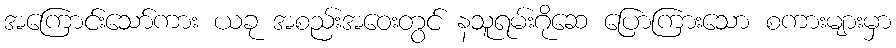
အကြောင်းသော်ကား ယခု အစည်းအဝေးတွင် နသူရမ်းဂိုဆေ ပြောကြားသော စကားများမှာ